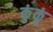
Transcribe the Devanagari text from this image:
कुंकूं